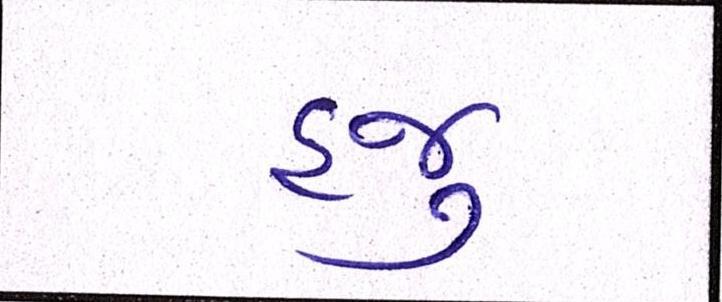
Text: હજુ